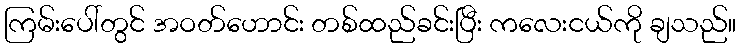
ကြမ်းပေါ်တွင် အဝတ်ဟောင်း တစ်ထည်ခင်းပြီး ကလေးငယ်ကို ချသည်။